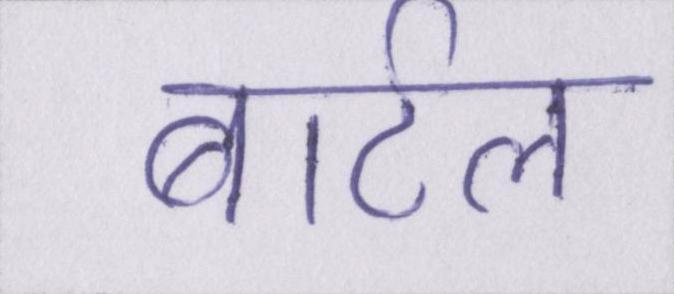
बार्टल